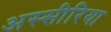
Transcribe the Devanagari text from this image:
अस्सीरिया